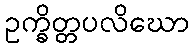
ဥက္ခိတ္တပလိဃော